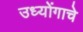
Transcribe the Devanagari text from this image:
उध्योंगाचे